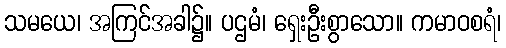
သမယေ၊ အကြင်အခါ၌။ ပဌမံ၊ ရှေးဦးစွာသော။ ကမာဝစရံ၊